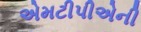
એમટીપીએની